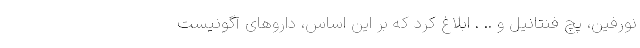
نورفین، پچ فنتانیل و .. . ابلاغ کرد که بر این اساس، دارو‌های آگونیست